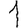
Digit: 1